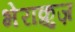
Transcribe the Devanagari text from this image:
भेराक्रुज़